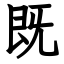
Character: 既